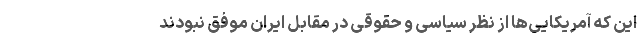
این که آمریکایی‌ها از نظر سیاسی و حقوقی در مقابل ایران موفق نبودند